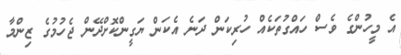
އެ މީހުންގެ ވެސް ހައްގުތަކެއް ހުރިކަން ދަނެ އެކަން ޔަގީންކޮށްދޭން ޖެހުމުގެ ޒިންމާ